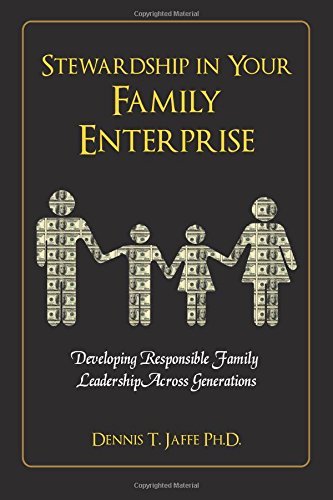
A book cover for Stewardship In Your Family Enterprise: Developing Responsible Family Leadership Across Generations; Dennis T. Jaffe Ph.D.; Business & Money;